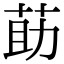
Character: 莇